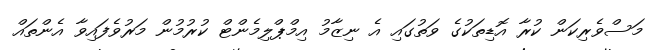
މަސްވެރިކަން ކުރާ އޮޑިތަކުގެ ވަތުގައި އެ ނިޒާމު އިމްޕްލިމެންޓް ކުރުމުން މަރުވެފައިވާ އެންތައް